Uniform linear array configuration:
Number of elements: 32
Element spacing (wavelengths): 0.5
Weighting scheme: hamming
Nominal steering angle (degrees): -60
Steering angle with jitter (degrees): -60.04
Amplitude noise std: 0.05
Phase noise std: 0.05

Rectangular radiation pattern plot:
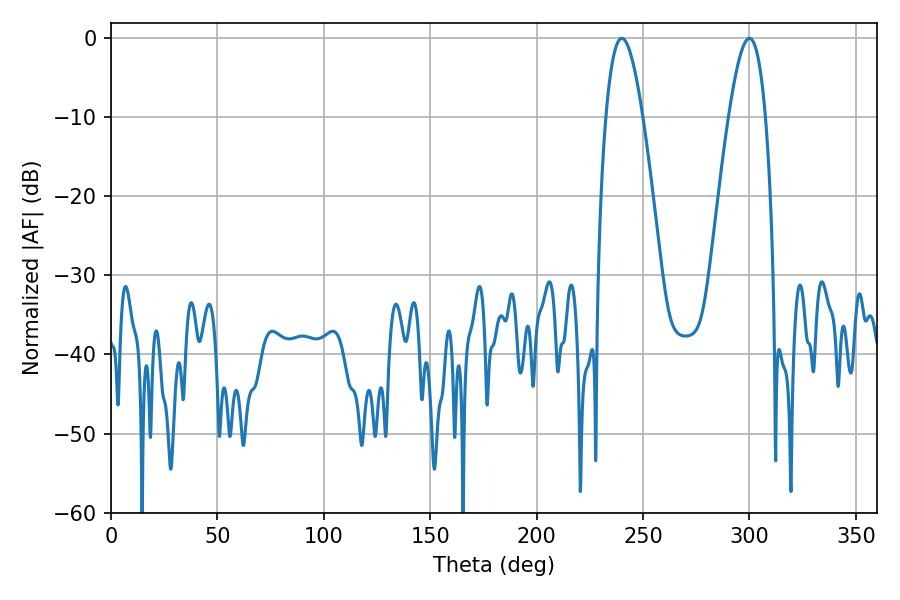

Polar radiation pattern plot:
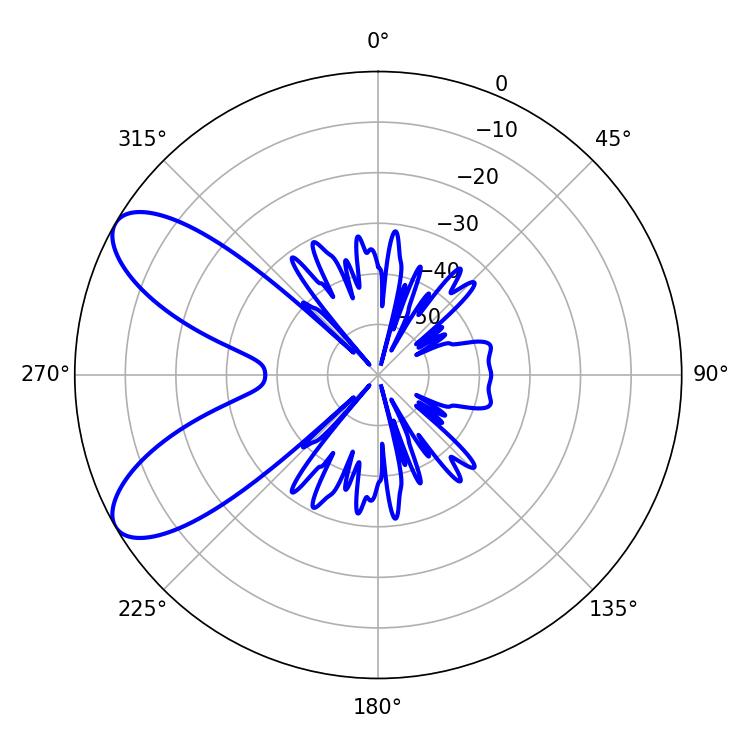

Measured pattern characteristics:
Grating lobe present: FALSE
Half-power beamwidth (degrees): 9.54
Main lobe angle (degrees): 239.94